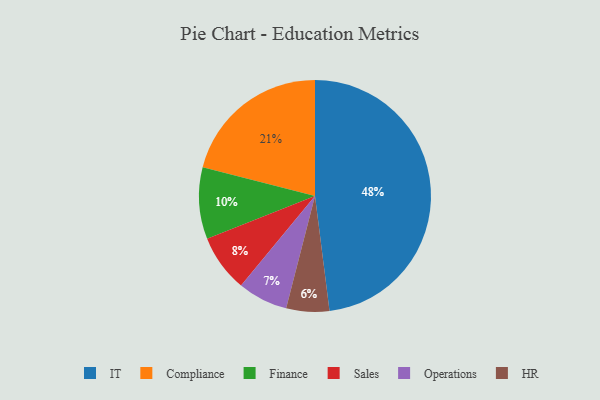
{"axis": {"x": "Category", "y": "Percentage"}, "legend": ["Compliance", "Finance", "HR", "IT", "Operations", "Sales"], "data": [{"x": "Compliance", "y": 21, "type": "Compliance"}, {"x": "Finance", "y": 10, "type": "Finance"}, {"x": "Sales", "y": 8, "type": "Sales"}, {"x": "IT", "y": 48, "type": "IT"}, {"x": "HR", "y": 6, "type": "HR"}, {"x": "Operations", "y": 7, "type": "Operations"}]}